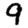
Digit: 9